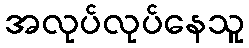
အလုပ်လုပ်နေသူ